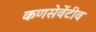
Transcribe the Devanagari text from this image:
कणसेर्वेटीव